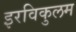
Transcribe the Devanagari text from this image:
इरविकुलम